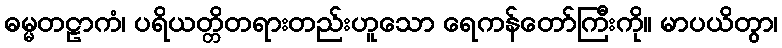
ဓမ္မတဠာကံ၊ ပရိယတ္တိတရားတည်းဟူသော ရေကန်တော်ကြီးကို။ မာပယိတွာ၊